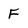
Character: F